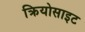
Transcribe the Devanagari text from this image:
क्रियोसाइट